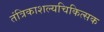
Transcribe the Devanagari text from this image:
तंत्रिकाशल्यचिकित्सक